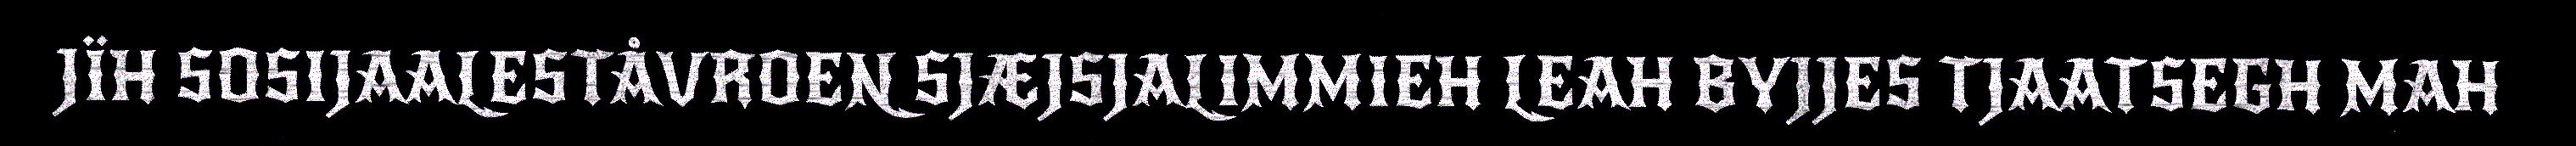
JÏH SOSIJAALESTÅVROEN SJÆJSJALIMMIEH LEAH BYJJES TJAATSEGH MAH